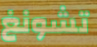
تشونغ